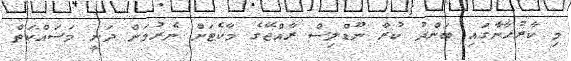
މި ކާރުހާނާގައި ބަންދު ކުރާ ނޫޑްލިސް ރާއްޖޭގެ މާކެޓަށް ނެރުމަށް ދަނީ މަސައްކަތް